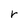
Character: r